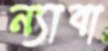
ন্যাবা